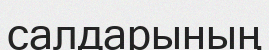
салдарының